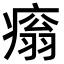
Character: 𤹗